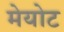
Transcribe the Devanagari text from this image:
मेयोट